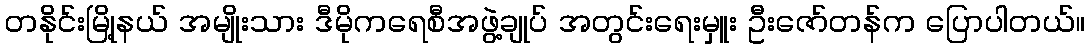
တနိုင်းမြို့နယ် အမျိုးသား ဒီမိုကရေစီအဖွဲ့ချုပ် အတွင်းရေးမှူး ဦးဇော်တန်က ပြောပါတယ်။